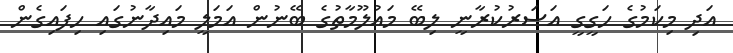
އަދި މިކަމުގެ ހަގީގީ އަސަރުކުރާނީ ލިބޭ މައުލޫމާތުގެ ބޭނުން އަމަލީ މައިދާނުގައި ހިފައިގެން